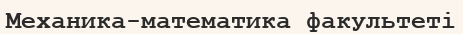
Механика-математика факультеті